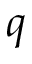
q